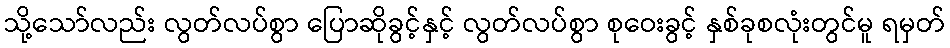
သို့သော်လည်း လွတ်လပ်စွာ ပြောဆိုခွင့်နှင့် လွတ်လပ်စွာ စုဝေးခွင့် နှစ်ခုစလုံးတွင်မူ ရမှတ်